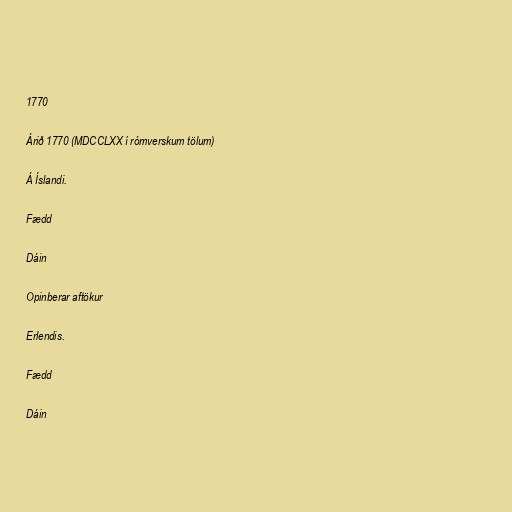
1770

Árið 1770 (MDCCLXX í rómverskum tölum)

Á Íslandi.

Fædd

Dáin

Opinberar aftökur

Erlendis.

Fædd

Dáin